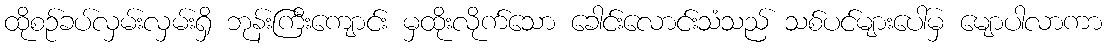
ထိုစဉ်ခပ်လှမ်းလှမ်းရှိ ဘုန်းကြီးကျောင်း မှထိုးလိုက်သော ခေါင်းလောင်းသံသည် သစ်ပင်များပေါ်မှ မျောပါလာကာ